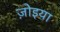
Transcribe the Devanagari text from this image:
ज़ोइया